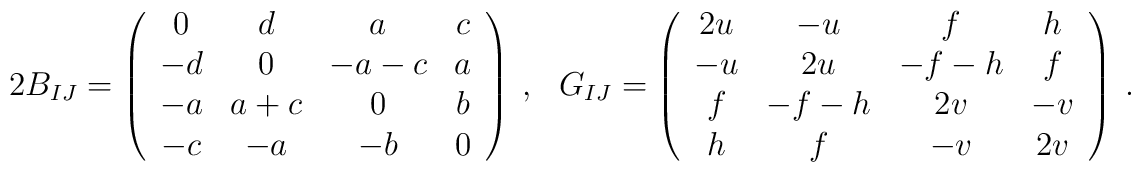
2B_{IJ}=\left( \begin{array}{cccc}               0 & d & a & c\\               -d & 0 & -a-c & a\\               -a & a+c & 0 & b\\               -c & -a & -b & 0               \end{array}        \right)~,~~~ G_{IJ} =\left( \begin{array}{cccc}               2u & -u & f & h\\               -u & 2u & -f-h & f\\               f & -f-h & 2v & -v\\               h & f & -v & 2v               \end{array}        \right)~.